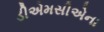
ડીએમસીએના